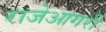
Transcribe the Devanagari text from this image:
राजेआगरी